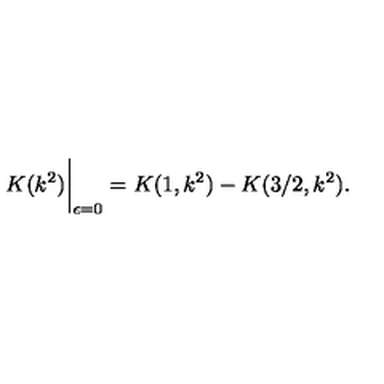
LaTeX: K ( k ^ { 2 } ) \bigg | _ { \epsilon = 0 } = K ( 1 , k ^ { 2 } ) - K ( 3 / 2 , k ^ { 2 } ) .